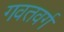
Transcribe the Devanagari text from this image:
गवतवर्ग